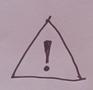
Signature authenticity: forged